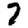
Digit: 7